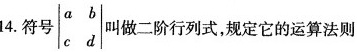
14.符号$$\begin {vmatrix}